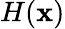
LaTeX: H(\mathbf{x})